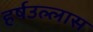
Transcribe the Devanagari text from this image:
हर्षउल्लास